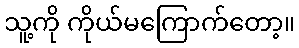
သူ့ကို ကိုယ်မကြောက်တော့။